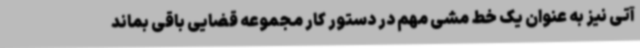
آتی نیز به عنوان یک خط مشی مهم در دستور کار مجموعه قضایی باقی بماند